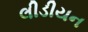
લીડીયન